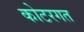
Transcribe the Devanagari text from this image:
कोटरगत